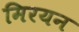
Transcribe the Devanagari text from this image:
मिरयन